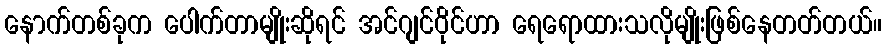
နောက်တစ်ခုက ပေါက်တာမျိုးဆိုရင် အင်ဂျင်ဝိုင်ဟာ ရေရောထားသလိုမျိုးဖြစ်နေတတ်တယ်။